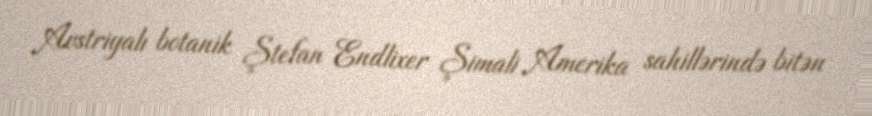
Avstriyalı botanik Ştefan Endlixer Şimali Amerika sahillərində bitən